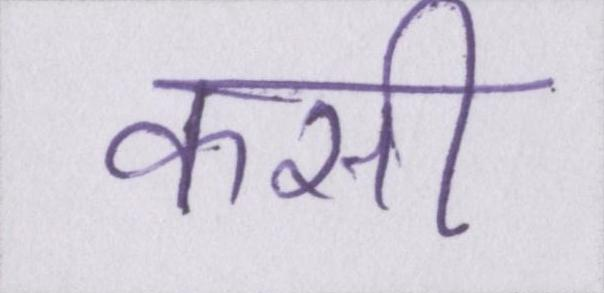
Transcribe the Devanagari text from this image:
कसी